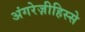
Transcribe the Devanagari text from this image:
अंगरेज़ीहिस्से